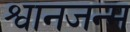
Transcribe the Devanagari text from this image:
श्वानजन्म